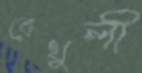
বেথুলী